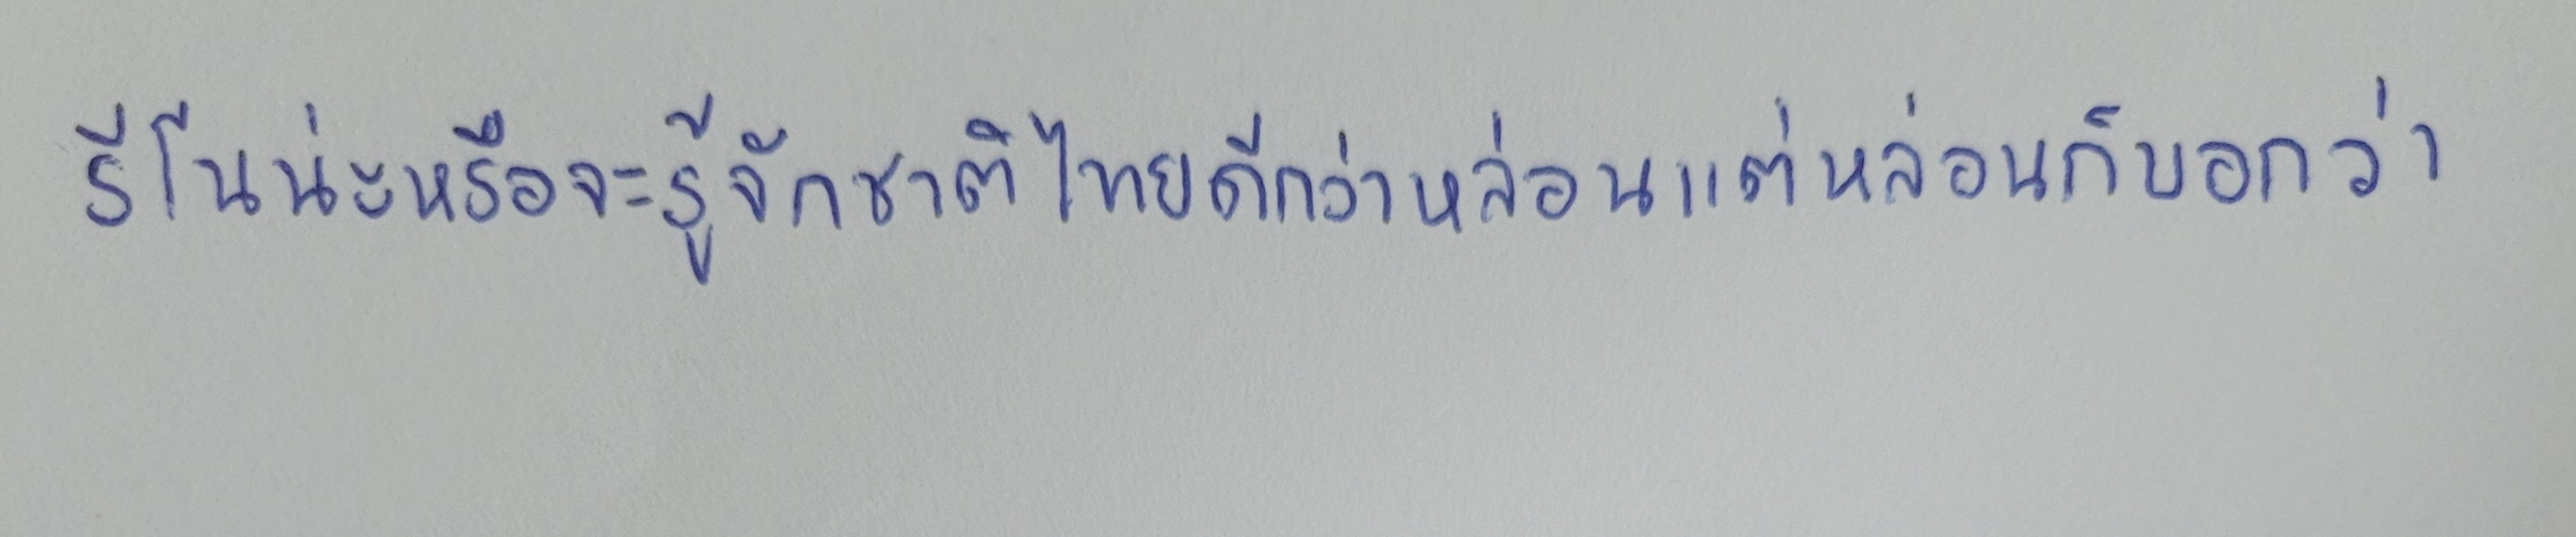
รีโนน่ะหรือจะรู้จักชาติไทยดีกว่าหล่อนแต่หล่อนก็บอกว่า